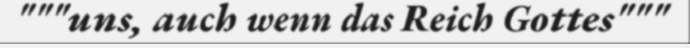
"""uns, auch wenn das Reich Gottes"""